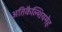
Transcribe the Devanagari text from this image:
अतिकैल्शियमेह